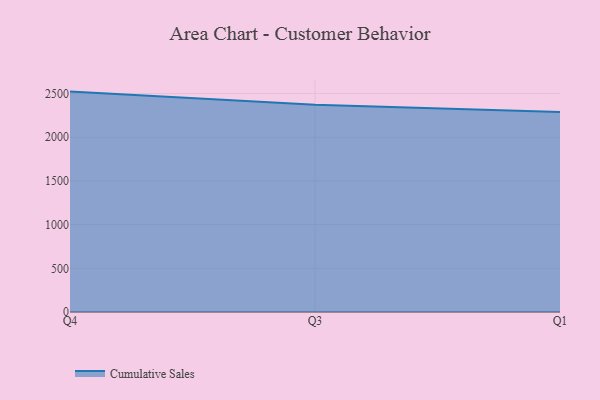
{"axis": {"x": "Quarter", "y": "Conversion Rate (%)"}, "legend": ["Cumulative Sales"], "data": [{"x": "Q4", "y": 2521.5, "type": "Cumulative Sales"}, {"x": "Q3", "y": 2370.8, "type": "Cumulative Sales"}, {"x": "Q1", "y": 2288.2, "type": "Cumulative Sales"}]}